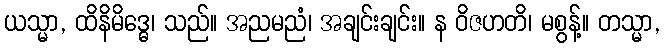
ယသ္မာ, ထိနိမိဒ္ဓေ၊ သည်။ အညမညံ၊ အချင်းချင်း။ န ဝိဇဟတိ၊ မစွန့်။ တသ္မာ,